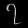
Digit: ၇